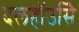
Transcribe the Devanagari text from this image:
दलहॉउसिे